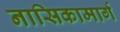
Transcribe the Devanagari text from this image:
नासिकामार्ग